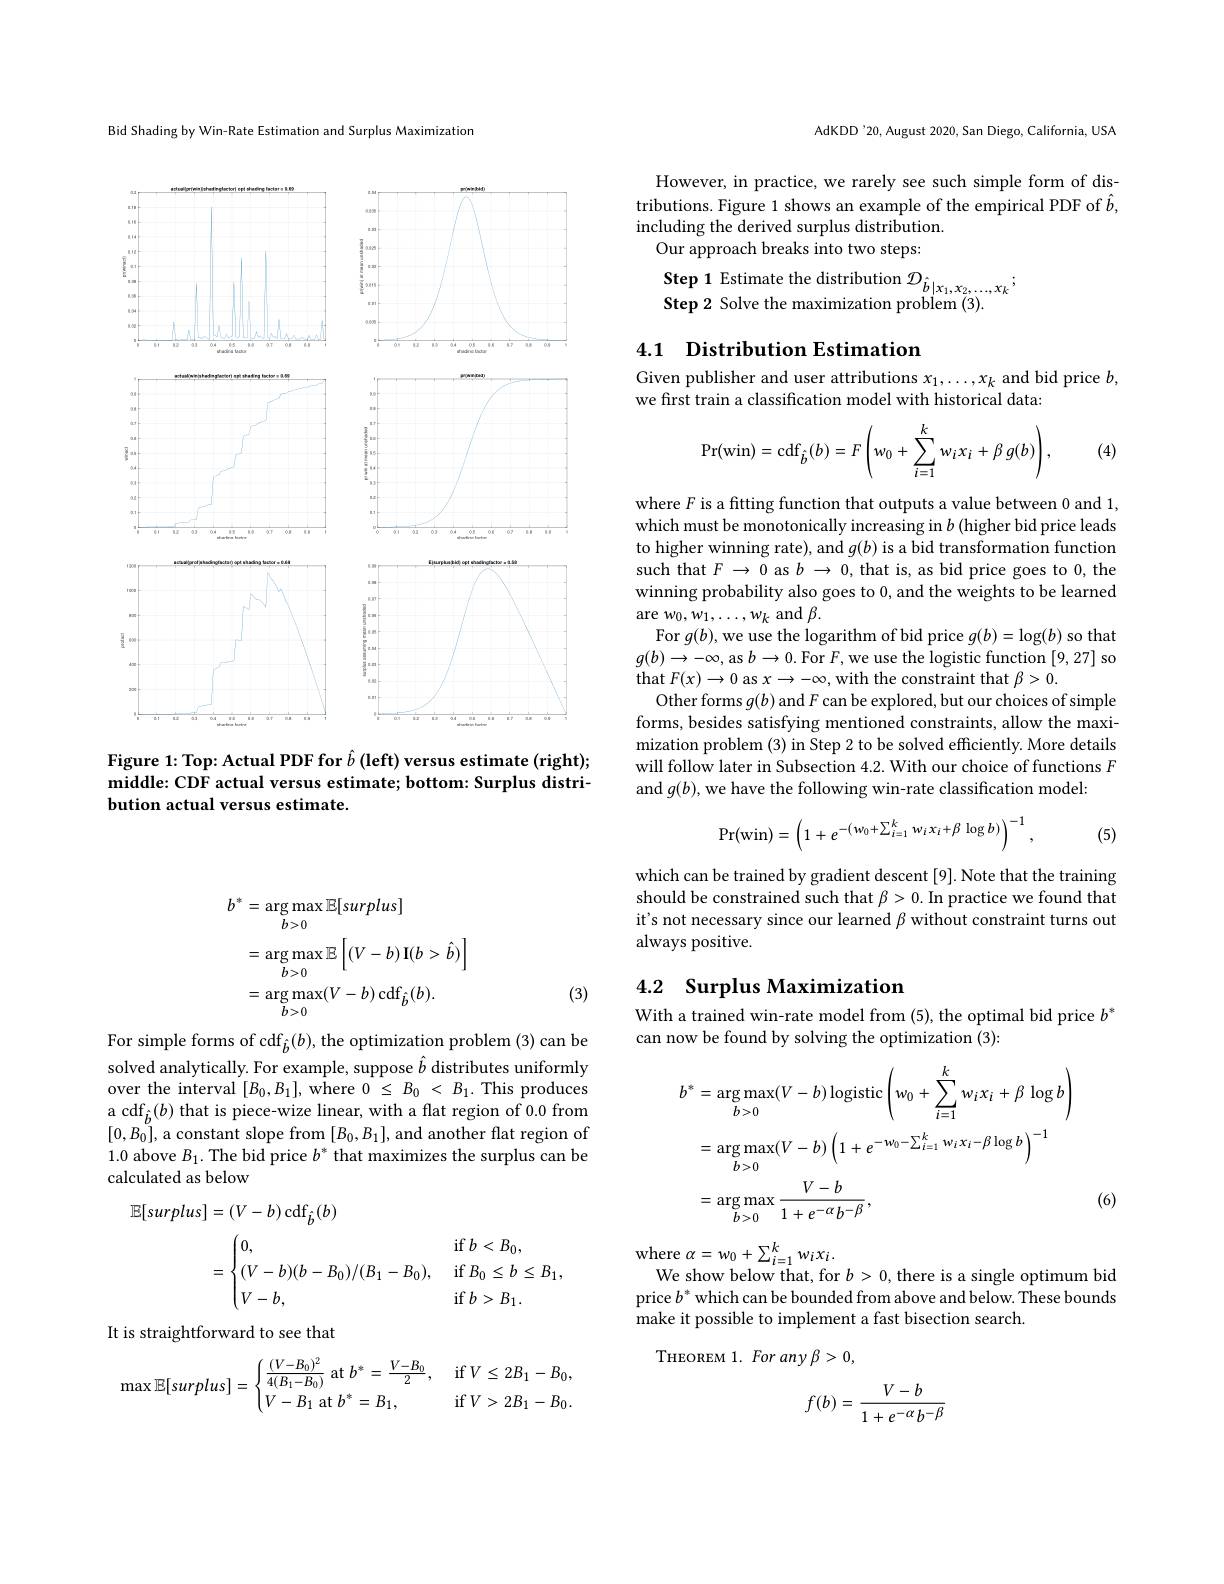
$$\begin{aligned}b^{*}&=\arg\max_{b>0}\mathbb{E}[surplus]\\&=\arg\max_{b>0}\mathbb{E}\left[(V-b)\:\mathbf{I}(b>\hat{b})\right]\\&=\arg\max_{b>0}(V-b)\operatorname{cdf}_{\hat{b}}(b).\end{aligned}$$
(3)

For simple forms of cdf$_{\hat{b}}(b)$, the optimization problem (3)can be solved analytically. For example, suppose $\hat{b}$ distributes uniformly over the interval $[B_0,B_1]$, where $0\leq B_0<B_1.$ This produces a cdf$_{\hat{b}}(b)$ that is piece-wize linear, with a flat region of 0.0 from $[0,B_0]$, a constant slope from $[B_0,B_1]$,and another flat region of 1.0 above $B_1.$ The bid price $b^*$ that maximizes the surplus can be calculated as below
$$\begin{aligned}\mathbb{E}[surplus]&=(V-b)\operatorname{cdf}_{\hat{b}}(b)\\&=\begin{cases}0,&\text{if}\:b<B_0,\\(V-b)(b-B_0)/(B_1-B_0),&\text{if}\:B_0\leq b\leq B_1,\\V-b,&\text{if}\:b>B_1.\end{cases}\end{aligned}$$
It is straightforward to see that
$$\max\mathbb{E}[surplus]=\begin{cases}\frac{(V-B_0)^2}{4(B_1-B_0)}\:\text{at}\:b^*=\frac{V-B_0}{2},&\:\text{if}\:V\leq2B_1-B_0,\\V-B_1\:\text{at}\:b^*=B_1,&\:\text{if}\:V>2B_1-B_0.\end{cases}$$
Bid Shading by Win-Rate Estimation and Surplus Maximization

<FigureHere>

Figure 1: Top: Actual PDF for $\hat{b}\left(\mathbf{left}\right)$ versus estimate (right); middle: CDF actual versus estimate; bottom: Surplus distribution actual versus estimate.

AdKDD'20, August 2020, San Diego, California, USA

However, in practice, we rarely see such simple form of distributions. Figure 1 shows an example of the empirical PDF of $\hat{b}$, including the derived surplus distribution.
Our approach breaks into two steps:
$\textbf{Step 1 Estimate the distribution }\mathcal{D} _{\hat{b} | x_{1}, x_{2}, \ldots , x_{k}};$ Step 2 Solve the maximization problem (3).

## 4.1 Distribution Estimation

Given publisher and user attributions $x_1,\ldots,x_k$ and bid price $b$,
we first train a classification model with historical data:
$$\mathrm{Pr}(\mathrm{win})=\mathrm{cdf}_{\hat{b}}(b)=F\left(w_0+\sum_{i=1}^kw_ix_i+\beta\:g(b)\right),$$
(4)

where $F$ is a fitting function that outputs a value between 0 and 1, which must be monotonically increasing in $b$ (higher bid price leads to higher winning rate), and $g(b)$ is a bid transformation function such that $F\to0$ as $b\to0$, that is, as bid price goes to 0, the winning probability also goes to 0, and the weights to be learned $\operatorname{are}w_{0},w_{1},\ldots,w_{k}$ and $\beta.$
For $g(b)$, we use the logarithm of bid price $g(b)=\log(b)$ so that $g(b)\to-\infty$, as $b\to0.$ For $F$, we use the logistic function [9,27] so that $F(x)\to0$ as $x\to-\infty$,with the constraint that $\beta>0.$
Other forms $g(b)$ and $F$ can be explored, but our choices of simple forms, besides satisfying mentioned constraints, allow the maximization problem (3) in Step 2 to be solved efficiently. More details will follow later in Subsection 4.2. With our choice of functions $F$ and $g(b)$, we have the following win-rate classification model:
$$\mathrm{Pr}(\mathrm{win})=\left(1+e^{-(w_0+\sum_{i=1}^kw_ix_i+\beta\:\log b)}\right)^{-1}\:,$$
(5)

which can be trained by gradient descent [9]. Note that the training should be constrained such that $\beta>0.$ In practice we found that it's not necessary since our learned $\beta$ without constraint turns out always positive.

## 4.2 Surplus Maximization

With a trained win-rate model from (5), the optimal bid price $b^*$
can now be found by solving the optimization (3):
$$\begin{aligned}b^{*}&=\arg\max_{b>0}(V-b)\log\mathrm{istic}\left(w_{0}+\sum_{i=1}^{k}w_{i}x_{i}+\beta\log b\right)\\&=\arg\max_{b>0}(V-b)\left(1+e^{-w_{0}-\sum_{i=1}^{k}w_{i}x_{i}-\beta\log b}\right)^{-1}\\&=\arg\max_{b>0}\frac{V-b}{1+e^{-\alpha}b^{-\beta}},\end{aligned}$$
(6)

where $\alpha = w_{0}+ \sum _{i= 1}^{k}w_{i}x_{i}.$
We show below that, for $b>0$, there is a single optimum bid price $b^*$ which can be bounded from above and below. These bounds make it possible to implement a fast bisection search.
THEOREM 1. For any $\beta>0$,
$$f(b)=\frac{V-b}{1+e^{-\alpha}b^{-\beta}}$$